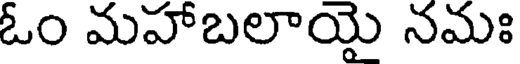
ఓం మహాబలాయై నమః